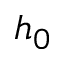
h _ { 0 }